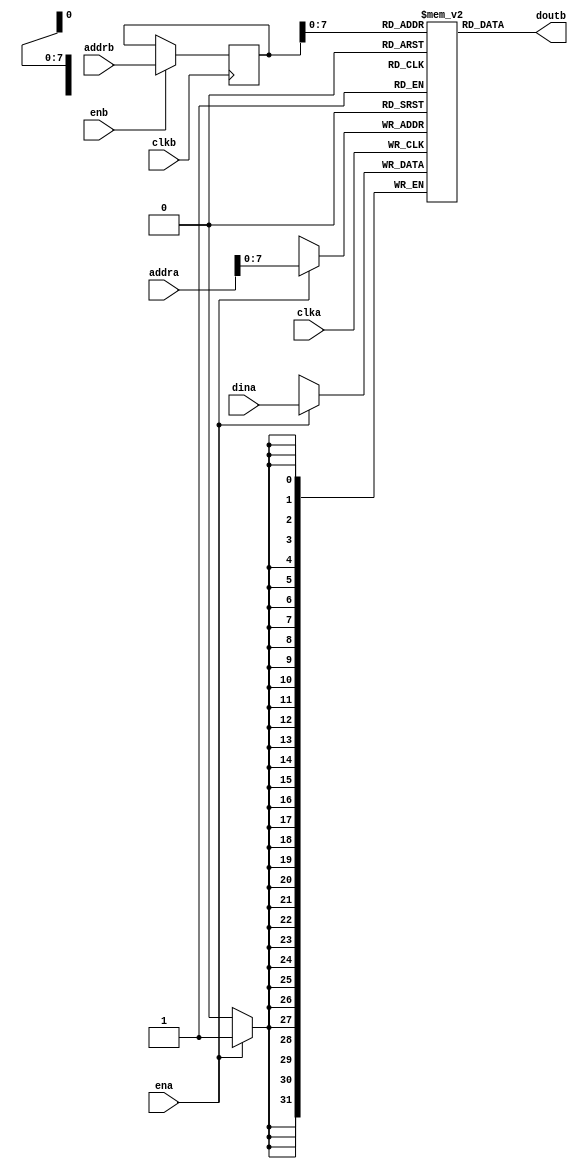
`timescale 1ns / 1ps

module block_ram_simple_dual_port
#(
	parameter DATA_WIDTH = 32,
	parameter DATA_DEPTH = 256
)
(
	input  clka,
	input  ena,
	input  [clogb2(DATA_DEPTH)-1:0]addra,
	input  [DATA_WIDTH-1:0]dina,
	
	input  clkb,
	input  enb,
	input  [clogb2(DATA_DEPTH)-1:0]addrb,
	output [DATA_WIDTH-1:0]doutb
);
function integer clogb2 (input integer bit_depth);

for(clogb2 = 0; bit_depth > 0; clogb2 = clogb2 + 1) begin
	bit_depth = bit_depth >> 1;
end

endfunction
	
(* ram_style = "block" *)
reg [DATA_WIDTH-1:0] ram [DATA_DEPTH-1:0]; 
reg [clogb2(DATA_DEPTH)-1:0] ram_rd_addrb; 

initial begin: initialize_ram
	integer i;
	for(i = 0; i < DATA_DEPTH; i = i + 1) begin
		ram[i] = { DATA_WIDTH {1'b0} };
//		ram[i] = i;
	end
	ram_rd_addrb <= {(clogb2(DATA_DEPTH)) {1'b0}};
end

assign doutb = ram[ram_rd_addrb];

always @(posedge clka) begin
	if(ena) begin
		ram[addra] <= dina;
	end
end

always @(posedge clkb) begin
	if(enb) begin
		ram_rd_addrb <= addrb;
	end
end

endmodule